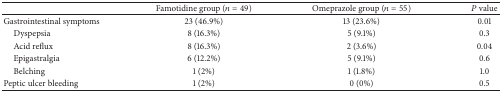
<table><thead><tr><td><b> </b></td><td><b>Famotidine group (<i>n</i> = 49)</b></td><td><b>Omeprazole group (<i>n</i> = 55)</b></td><td><b><i>P</i> value</b></td></tr></thead><tbody><tr><td>Gastrointestinal symptoms</td><td>23 (46.9%)</td><td>13 (23.6%)</td><td>0.01</td></tr><tr><td> Dyspepsia</td><td>8 (16.3%)</td><td>5 (9.1%)</td><td>0.3</td></tr><tr><td> Acid reflux</td><td>8 (16.3%)</td><td>2 (3.6%)</td><td>0.04</td></tr><tr><td> Epigastralgia</td><td>6 (12.2%)</td><td>5 (9.1%)</td><td>0.6</td></tr><tr><td> Belching</td><td>1 (2%)</td><td>1 (1.8%)</td><td>1.0</td></tr><tr><td>Peptic ulcer bleeding</td><td>1 (2%)</td><td>0 (0%)</td><td>0.5</td></tr></tbody></table>